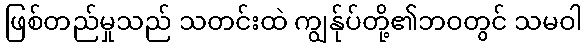
ဖြစ်တည်မှုသည် သတင်းထဲ ကျွန်ုပ်တို့၏ဘဝတွင် သမဝါ